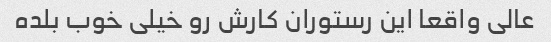
عالی واقعا این رستوران کارش رو‌ خیلی خوب بلده